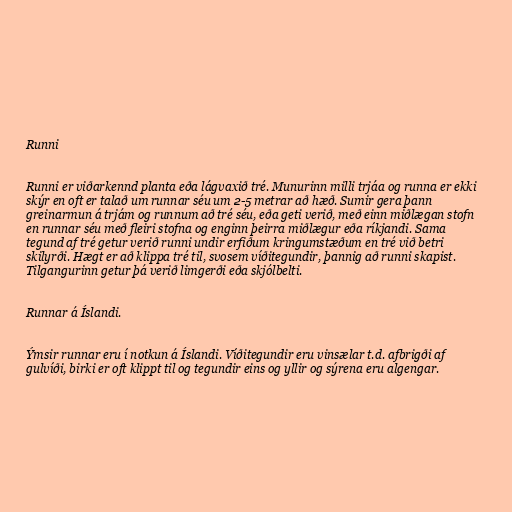
Runni

Runni er viðarkennd planta eða lágvaxið tré. Munurinn milli trjáa og runna er ekki
skýr en oft er talað um runnar séu um 2-5 metrar að hæð. Sumir gera þann
greinarmun á trjám og runnum að tré séu, eða geti verið, með einn miðlægan stofn
en runnar séu með fleiri stofna og enginn þeirra miðlægur eða ríkjandi. Sama
tegund af tré getur verið runni undir erfiðum kringumstæðum en tré við betri
skilyrði. Hægt er að klippa tré til, svosem víðitegundir, þannig að runni skapist.
Tilgangurinn getur þá verið limgerði eða skjólbelti.

Runnar á Íslandi.

Ýmsir runnar eru í notkun á Íslandi. Víðitegundir eru vinsælar t.d. afbrigði af
gulvíði, birki er oft klippt til og tegundir eins og yllir og sýrena eru algengar.